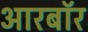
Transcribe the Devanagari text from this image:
आरबॉर